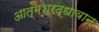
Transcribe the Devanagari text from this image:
आत्मश्रद्धावान